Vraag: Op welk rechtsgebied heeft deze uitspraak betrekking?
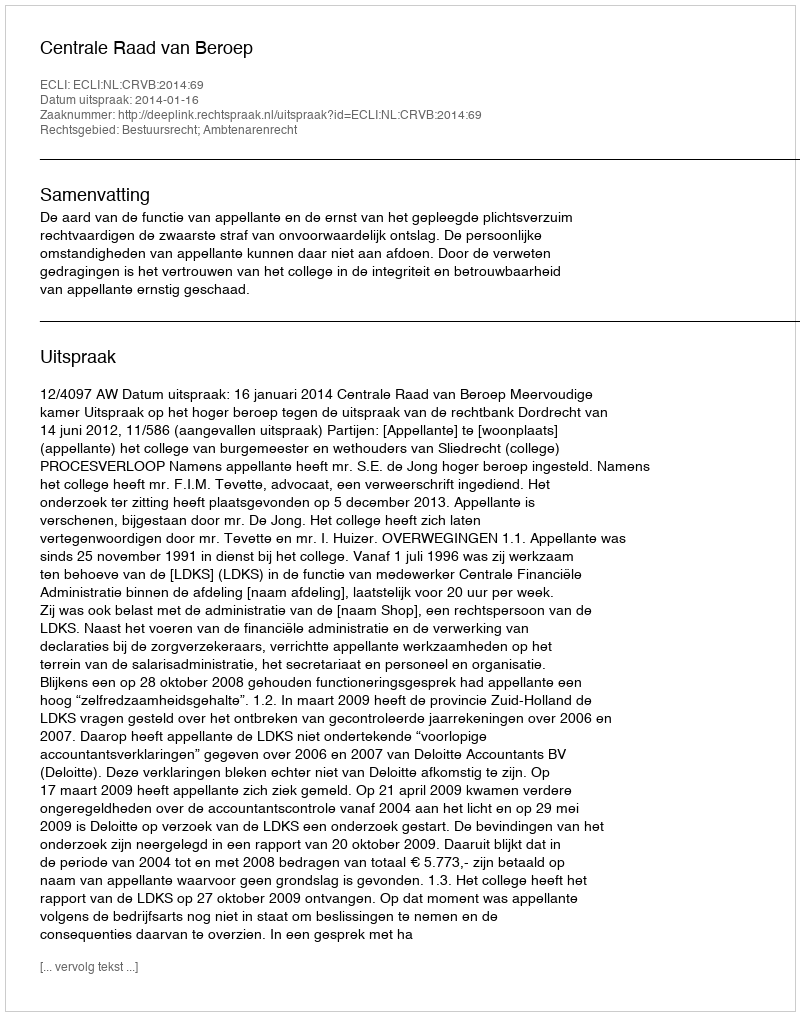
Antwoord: Bestuursrecht; Ambtenarenrecht